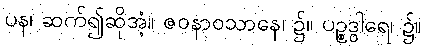
ပန၊ ဆက်၍ဆိုအံ့။ ဇဝနာဝသာနေ၊ ၌။ ပဉ္စဒွါရေ၊ ၌။